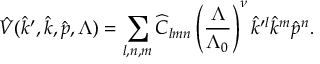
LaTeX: \hat { V } ( \hat { k } ^ { \prime } , \hat { k } , \hat { p } , \Lambda ) = \sum _ { l , n , m } \widehat C _ { l m n } \left( { \frac { \Lambda } { \Lambda _ { 0 } } } \right) ^ { \nu } \hat { k } ^ { \prime l } \hat { k } ^ { m } \hat { p } ^ { n } .